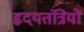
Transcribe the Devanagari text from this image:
हृदयतंत्रियों